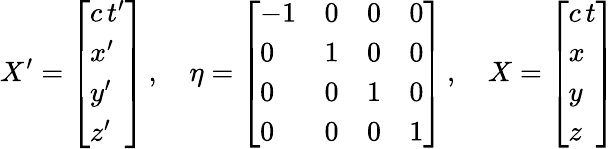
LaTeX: X^{\prime}={\left[\begin{array}{l}{c\, t^{\prime}}\\ {x^{\prime}}\\ {y^{\prime}}\\ {z^{\prime}}\end{array}\right]}\, ,\quad\eta={\left[\begin{array}{llll}{-1}&{0}&{0}&{0}\\ {0}&{1}&{0}&{0}\\ {0}&{0}&{1}&{0}\\ {0}&{0}&{0}&{1}\end{array}\right]}\, ,\quad X={\left[\begin{array}{l}{c\, t}\\ {x}\\ {y}\\ {z}\end{array}\right]}